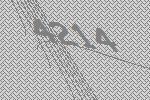
4214